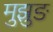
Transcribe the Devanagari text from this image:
मुझुङ